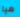
هيا